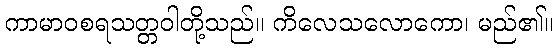
ကာမာဝစရသတ္တဝါတို့သည်။ ကိလေသလောကော၊ မည်၏။